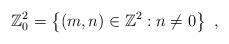
LaTeX: \begin{align*}\mathbb{Z}^2_0 = \left \{ (m,n) \in \mathbb{Z}^2: n \ne 0 \right \} \ ,\end{align*}